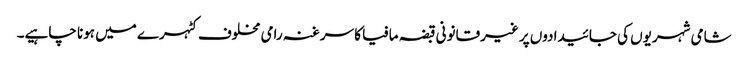
شامی شہریوں کی جائیدادوں پر غیرقانونی قبضہ مافیا کا سرغنہ رامی مخلوف کٹہرے میں ہونا چاہیے۔